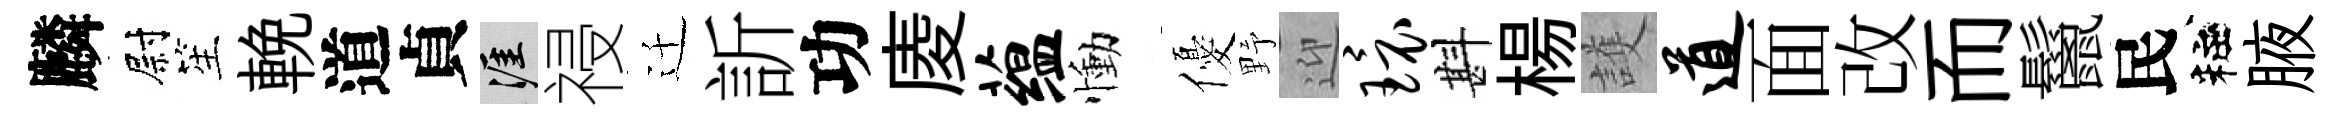
麟尉笙輓道貞涯祲迁訢功庱蕴慟優野迎环斟楊護道面改而鬣民粧腋